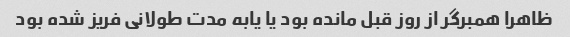
ظاهرا همبرگر از روز قبل مانده بود یا یابه مدت طولانی فریز شده بود